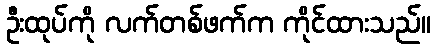
ဦးထုပ်ကို လက်တစ်ဖက်က ကိုင်ထားသည်။